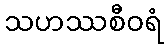
သဟဿစီဝရံ